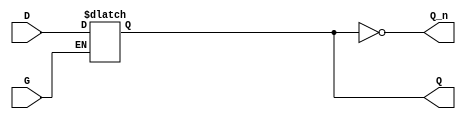
module gated_latch (
    input wire D,        // Data input
    input wire G,        // Gate / Enable signal
    output reg Q,        // Output
    output wire Q_n      // Complement of output
);

// Complement of Q
assign Q_n = ~Q;

// Level-sensitive behavior
always @(*) begin
    if (G) begin
        // When G is high, Q follows D
        Q <= D;
    end
    // If G is low, Q retains its last value (hold state)
end

endmodule